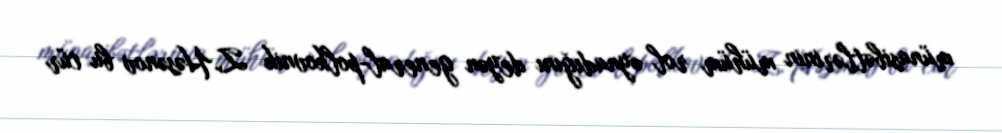
münasibətlərinin mühüm rol oynadığını deyən general-polkovnik Z.Həsənov bu cür